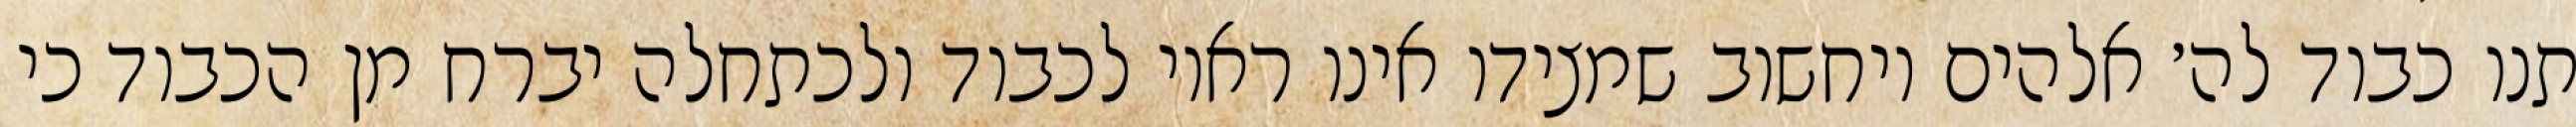
תנו כבוד לה׳ אלהים ויחשוב שמצידו אינו ראוי לכבוד ולכתחלה יברח מן הכבוד כי